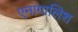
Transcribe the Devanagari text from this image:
एनागालिश